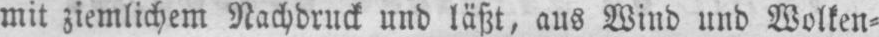
mit ziemlichem Nachdruck und läßt, aus Wind und Wolken⸗